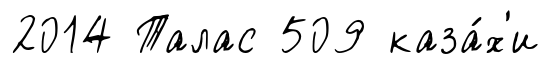
2014 Талас 509 каза́х'и